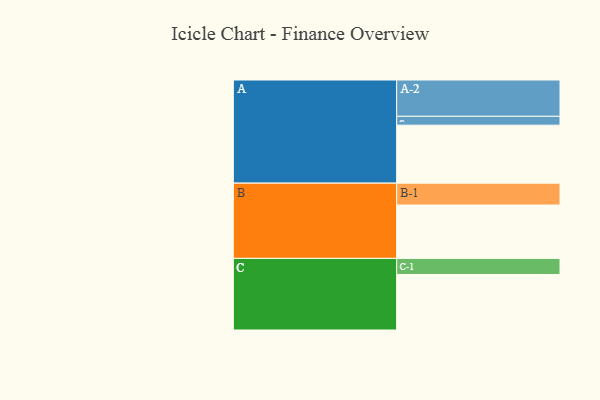
{"axis": {"x": "Segment", "y": "Value"}, "legend": ["", "A", "B", "C"], "data": [{"x": "A", "y": 353, "type": ""}, {"x": "B", "y": 325, "type": ""}, {"x": "C", "y": 338, "type": ""}, {"x": "A-1", "y": 54, "type": "A"}, {"x": "A-2", "y": 221, "type": "A"}, {"x": "B-1", "y": 133, "type": "B"}, {"x": "C-1", "y": 98, "type": "C"}]}